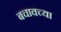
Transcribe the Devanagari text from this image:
बचावच्या